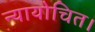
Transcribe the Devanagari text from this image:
न्यायोचित।